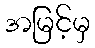
အမြင့်မှ